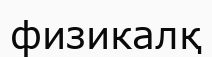
физикалқ